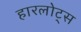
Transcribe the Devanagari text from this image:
हारलोट्स